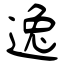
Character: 逸